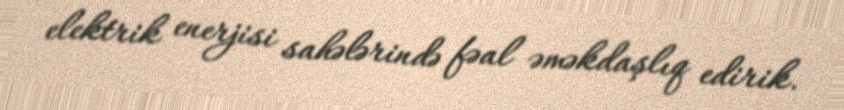
elektrik enerjisi sahələrində fəal əməkdaşlıq edirik.